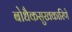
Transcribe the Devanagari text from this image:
बोधैकसुखकारिणे